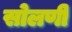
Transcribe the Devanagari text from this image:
सोलणी